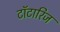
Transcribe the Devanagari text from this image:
टॉटारिज